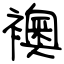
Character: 襖